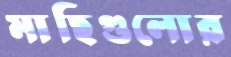
মাছিগুলোর